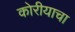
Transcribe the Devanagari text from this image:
कोरीयाचा